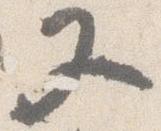
又